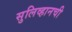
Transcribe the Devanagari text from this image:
सुलिव्हानची